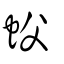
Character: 蚥